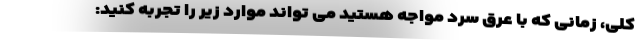
کلی، زمانی که با عرق سرد مواجه هستید می تواند موارد زیر را تجربه کنید: